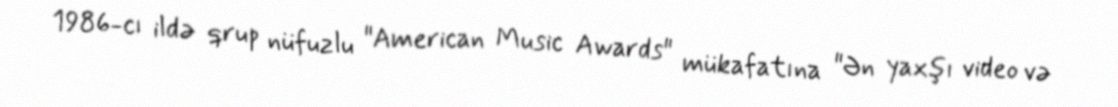
1986-cı ildə qrup nüfuzlu "American Music Awards" mükafatına "Ən yaxşı video və